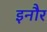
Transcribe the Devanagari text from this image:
इनौर